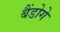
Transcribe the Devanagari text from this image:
बैंडोगे